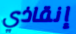
إنقاذي